Account of plague administration in the Bombay Presidency from September 1896 till May 1897
Year: 1896
Disease focus: Plague
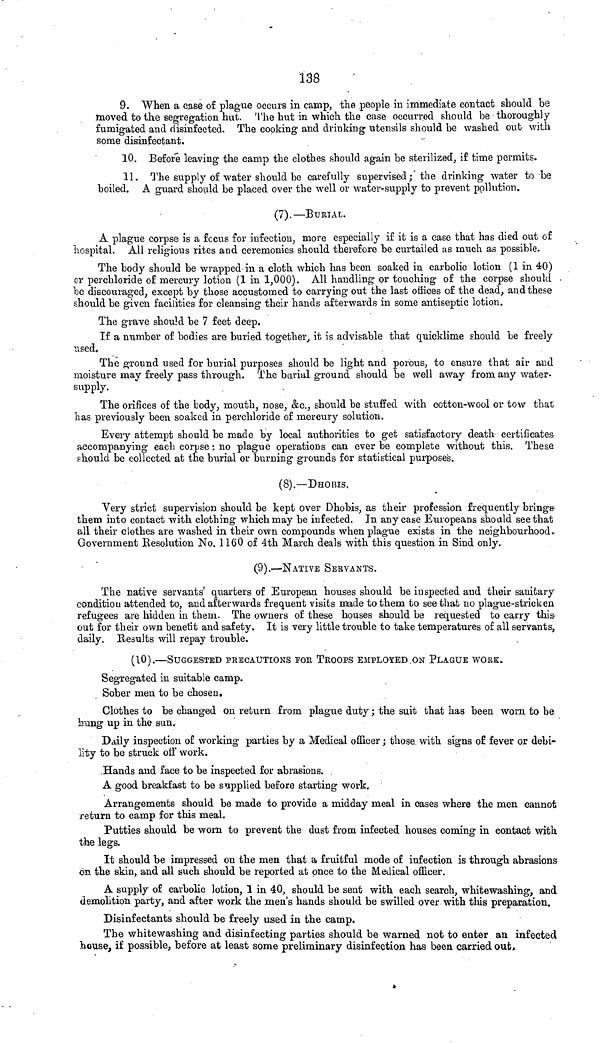
138
9. When a case of plague occurs in camp, the people in immediate contact should be
moved to the segregation hut. The hut in which the case occurred should be thoroughly
fumigated and disinfected. The cooking and drinking utensils should be washed out with
some disinfectant.
10. Before leaving the camp the clothes should again be sterilized, if time permits.
11. The supply of water should be carefully supervised; the drinking water to be
boiled. A guard should be placed over the well or water-supply to prevent pollution.
(7) —BURIAL.
A plague corpse is a focus for infection, more especially if it is a case that has died out of
hospital. All religious rites and ceremonies should therefore be curtailed as much as possible.
The body should be wrapped in a cloth which has been soaked in carbolic lotion (1 in 40)
or perchloride of mercury lotion (1 in 1,000). All handling or touching of the corpse should
be discouraged, except by these accustomed to carrying out the last offices of the dead, and these
should be given facilities for cleansing their hands afterwards in some antiseptic lotion.
The grave should be 7 feet deep.
If a number of bodies are buried together, it is advisable that quicklime should be freely
used.
The ground used for burial purposes should be light and porous, to ensure that air and
moisture may freely pass through. The burial ground should be well away from any water
supply.
The orifices of the body, mouth, nose, &c., should be stuffed with cotton-wool or tow that
has previously been soaked in perchloride of mercury solution.
Every attempt should be made by local authorities to get satisfactory death certificates
accompanying each corpse : no plague operations can ever be complete without this. These
should be collected at the burial or burning grounds for statistical purposes.
(8).—DHOBIS.
Very strict supervision should be kept over Dhobis, as their profession frequently brings
them into contact with clothing which may be infected. In any case Europeans should see that
all their clothes are washed in their own compounds when plague exists in the neighbourhood.
Government Resolution No. 1160 of 4th March deals with this question in Sind only.
(9).—NATIVE SERVANTS.
The native servants' quarters of European houses should be inspected and their sanitary
condition attended to, and afterwards frequent visits made to them to see that no plague-stricken
refugees are hidden in them. The owners of these houses should be requested to carry this
out for their own benefit and safety. It is very little trouble to take temperatures of all servants,
daily. Results will repay trouble.
(10).—SUGGESTED PRECAUTIONS FOR TROOPS EMPLOYED ON PLAGUE WORK.
Segregated in suitable camp.
Sober men to be chosen.
Clothes to be changed on return from plague duty ; the suit that has been worn to be
hung up in the sun.
Daily inspection of working parties by a Medical officer ; these with signs of fever or debi-
lity to be struck off work.
Hands and face to be inspected for abrasions.
A good breakfast to be supplied before starting work.
Arrangements should be made to provide a midday meal in cases where the men cannot
return to camp for this meal.
Putties should be worn to prevent the dust from infected houses coming in contact with
the legs.
It should be impressed on the men that a fruitful mode of infection is through abrasions
on the skin, and all such should be reported at once to the Medical officer.
A supply of carbolic lotion, 1 in 40, should be sent with each search, whitewashing, and
demolition party, and after work the men's hands should be swilled over with this preparation.
Disinfectants should be freely used in the camp.
The whitewashing and disinfecting parties should be warned not to enter an infected
house, if possible, before at least some preliminary disinfection has been carried out,